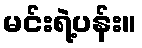
မင်းရဲ့ပန်း။